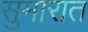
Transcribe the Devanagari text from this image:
सुमारात